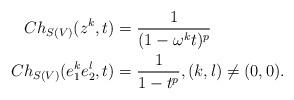
LaTeX: \begin{align*}Ch_{S(V)}(z^k,t)&=\frac{1}{(1-\omega^k t)^p}\\Ch_{S(V)}(e_1^ke_2^l,t)&=\frac{1}{1-t^p}, (k,l)\neq (0,0).\end{align*}